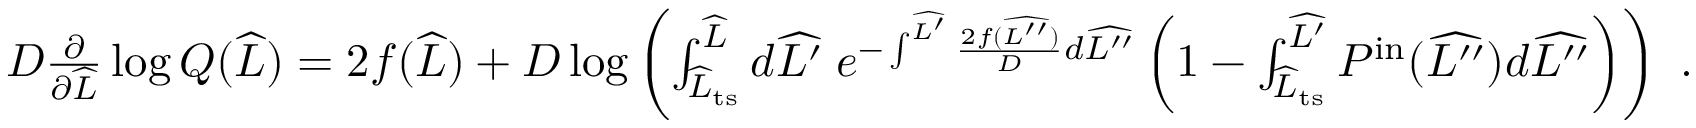
\begin{array} { r } { D \frac { \partial } { \partial \widehat { L } } \log Q ( \widehat { L } ) = 2 f ( \widehat { L } ) + D \log \left( \int _ { \widehat { L } _ { \mathrm { t s } } } ^ { \widehat { L } } d \widehat { L ^ { \prime } } \; e ^ { - \int ^ { \widehat { L ^ { \prime } } } \frac { 2 f ( \widehat { L ^ { \prime \prime } } ) } { D } d \widehat { L ^ { \prime \prime } } } \left( 1 - \int _ { \widehat { L } _ { \mathrm { t s } } } ^ { \widehat { L ^ { \prime } } } P ^ { \mathrm { i n } } ( \widehat { L ^ { \prime \prime } } ) d \widehat { L ^ { \prime \prime } } \right) \right) \ . } \end{array}